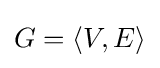
G=\left\langle V,E\right\rangle